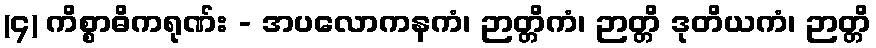
(၄) ကိစ္စာဓိကရုဏ်း - အပလောကနကံ၊ ဉာတ္တိကံ၊ ဉာတ္တိ ဒုတိယကံ၊ ဉာတ္တိ